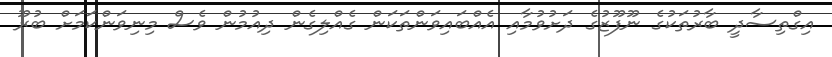
އިގްތިސާދީ ބާރުތަކުގެ ނޫފޫޒުގެ ދަށުވުމާއި އެއްބައިވަންތަކަން ގެއްލިގެން ދިއުމުން ވެސް މިނިވަންކަމަށް ބުރޫ